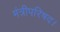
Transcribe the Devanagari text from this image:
मंत्रीपरिषद।